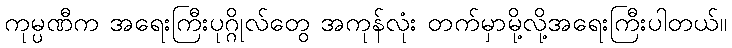
ကုမ္ပဏီက အရေးကြီးပုဂ္ဂိုလ်တွေ အကုန်လုံး တက်မှာမို့လို့အရေးကြီးပါတယ်။